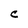
Character: C